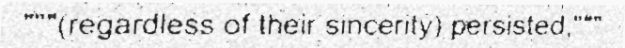
"""(regardless of their sincerity) persisted,"""